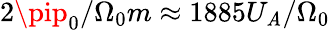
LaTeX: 2\pip_{0}/\Omega_{0}m\approx1885U_{\mathit{A}}/\Omega_{0}